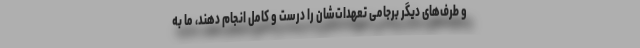
و طرف‌های دیگر برجامی تعهدات‌شان را درست و کامل انجام دهند، ما به